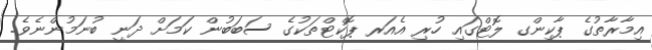
އިމާރާތުގެ ޕާކިންގ ލޮޓްގައި ހުރި އެއަރ ޕޮކްޓްތަކުގެ ސަބަބުން ކަމަށް ދަނީ ބުނަމުންނެވެ.